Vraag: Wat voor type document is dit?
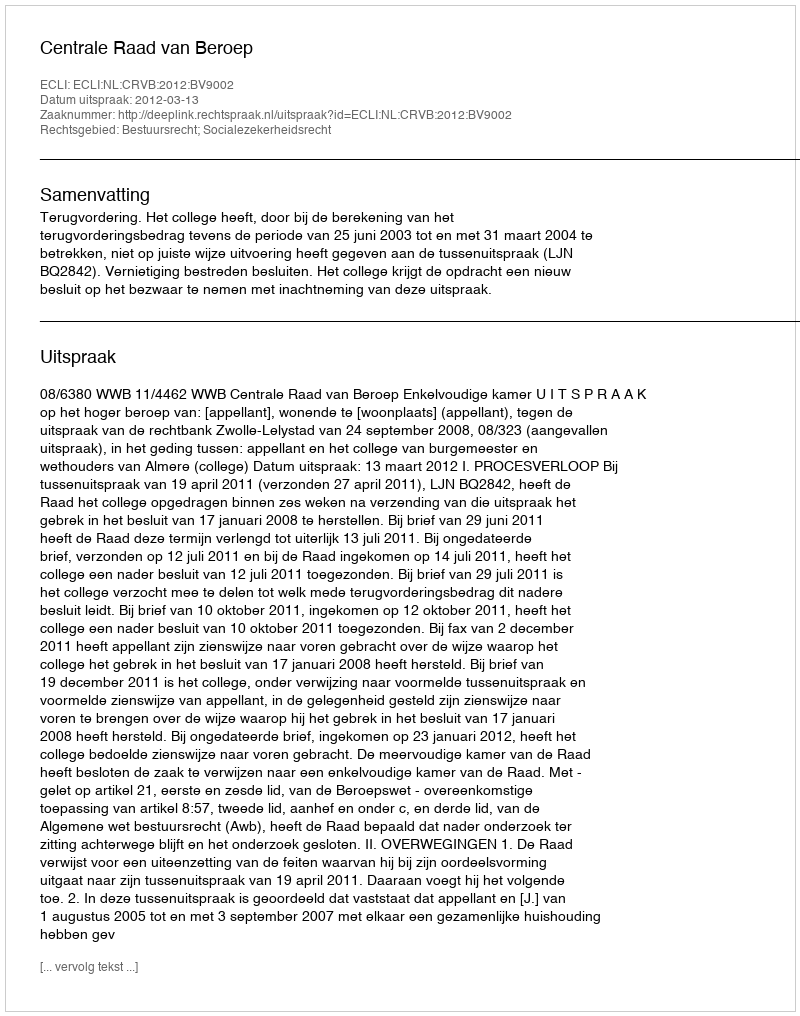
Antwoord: Uitspraak